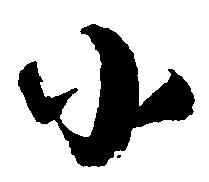
小